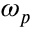
\omega _ { p }